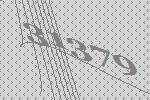
31379